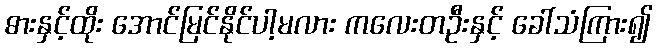
ဓားနှင့်ထိုး အောင်မြင်နိုင်ပါ့မလား ကလေးတဦးနှင့် ခေါ်သံကြား၍